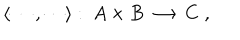
\langle \cdots , \cdots \rangle : ~ A \times B \longrightarrow { \bf C } ~ ,